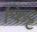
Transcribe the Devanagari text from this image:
फिट्ट